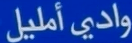
واديًأمليل